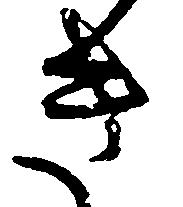
き